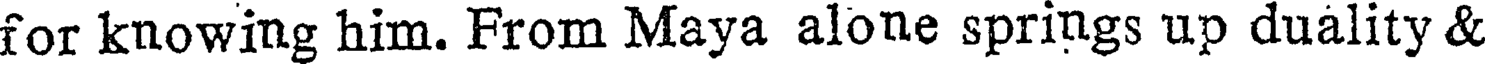
for knowing him. From Maya alone springs up duality &